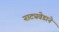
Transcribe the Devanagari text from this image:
नाट्यवेडाने